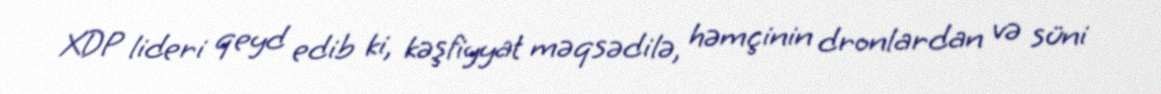
XDP lideri qeyd edib ki, kəşfiyyat məqsədilə, həmçinin dronlardan və süni